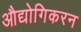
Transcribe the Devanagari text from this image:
औद्योगिकरन